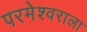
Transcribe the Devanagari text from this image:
परमेश्‍वराला